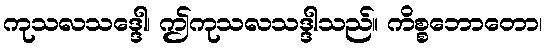
ကုသလသဒ္ဒေါ၊ ဤကုသလသဒ္ဒါသည်။ ကိစ္စဘောတော၊